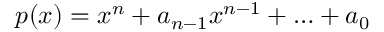
p ( x ) = x ^ { n } + a _ { n - 1 } x ^ { n - 1 } + \ldots + a _ { 0 }